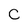
Character: C